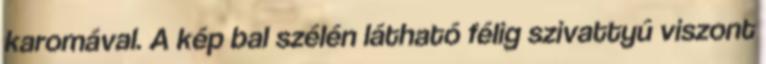
karomával. A kép bal szélén látható félig szivattyú viszont